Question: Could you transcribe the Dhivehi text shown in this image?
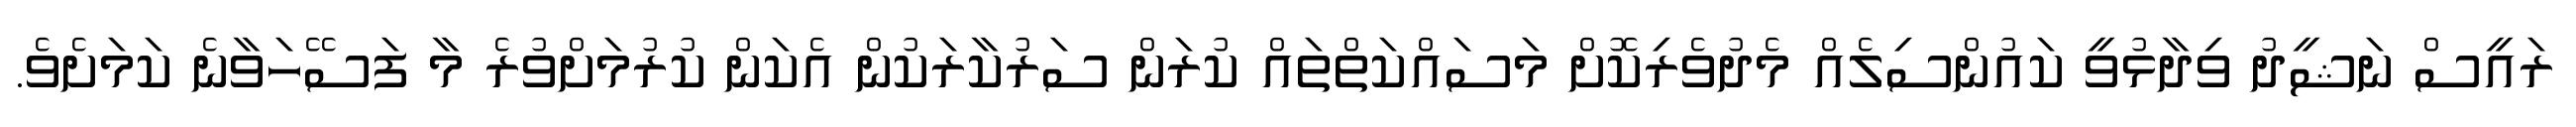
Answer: ރައީސް ނަޝީދު ވިދާޅުވީ ކައުންސިލެއް މެދުވެރިކޮށް މަސައްކަތްތައް ކުރަން ސަރުކާރަކުން އެކަން ކުރުމަށްވުރެ މާ ފަސޭހަވާނެ ކަމަށެވެ.